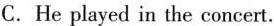
C.He played in the concert.